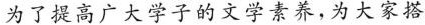
为了提高广大学子的文学素养，为大家搭